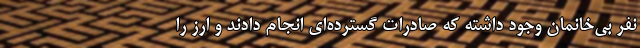
نفر بی‌خانمان وجود داشته که صادرات گسترده‌ای انجام دادند و ارز را